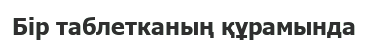
Бір таблетканың құрамында